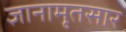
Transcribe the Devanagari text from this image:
ज्ञानामृतसार